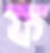
ফ